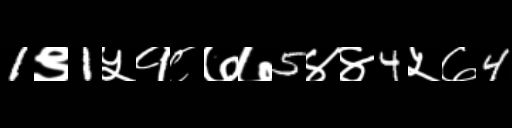
Text: 1९1५१८७७5४४4५७4